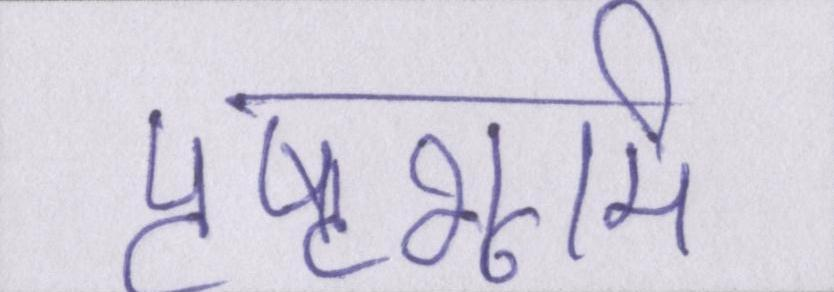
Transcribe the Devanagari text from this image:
पृष्ठभूमि